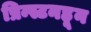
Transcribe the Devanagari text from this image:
प्रिन्स्टनहून